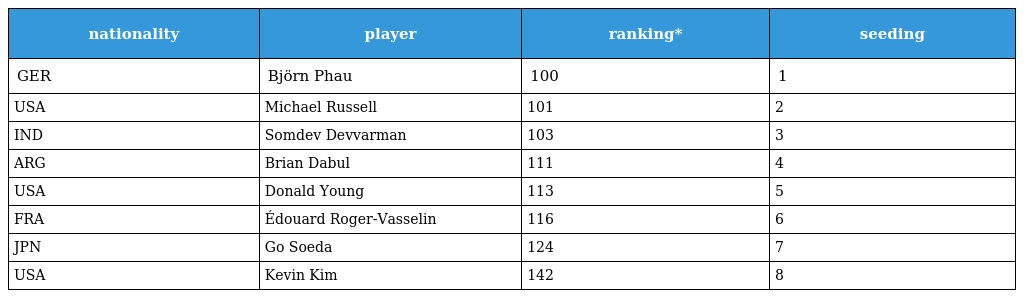
| nationality | player | ranking* | seeding |
 | --- | --- | --- | --- |
 | GER | Björn Phau | 100 | 1 |
 | USA | Michael Russell | 101 | 2 |
 | IND | Somdev Devvarman | 103 | 3 |
 | ARG | Brian Dabul | 111 | 4 |
 | USA | Donald Young | 113 | 5 |
 | FRA | Édouard Roger-Vasselin | 116 | 6 |
 | JPN | Go Soeda | 124 | 7 |
 | USA | Kevin Kim | 142 | 8 |